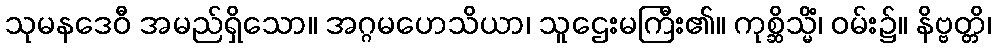
သုမနဒေဝီ အမည်ရှိသော။ အဂ္ဂမဟေသိယာ၊ သူဌေးမကြီး၏။ ကုစ္ဆိသ္မိံ၊ ဝမ်း၌။ နိဗ္ဗတ္တိ၊